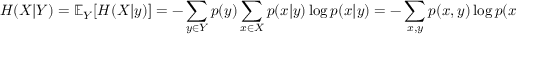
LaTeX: H ( X | Y ) = \mathbb { E } _ { Y } [ H ( X | y ) ] = - \sum _ { y \in Y } p ( y ) \sum _ { x \in X } p ( x | y ) \log p ( x | y ) = - \sum _ { x , y } p ( x , y ) \log p ( x | y ) .